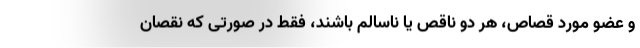
و عضو مورد قصاص، هر دو ناقص یا ناسالم باشند، فقط در صورتی که نقصان